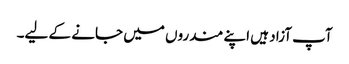
آپ آزاد ہیں اپنے مندروں میں جانے کے لیے۔